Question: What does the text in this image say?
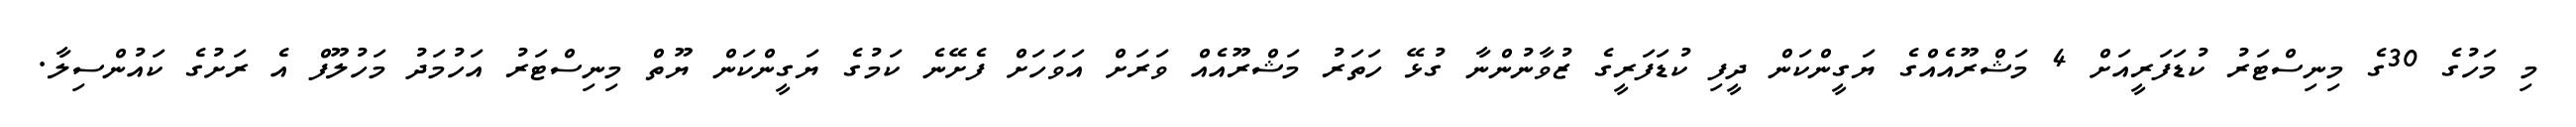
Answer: މި މަހުގެ 30ގެ މިނިސްޓަރު ކުޑަފަރީއަށް 4 މަޝްރޫއެއްގެ ޔަގީންކަން ދީފި ކުޑަފަރީގެ ޒުވާނުންނާ ގުޅޭ ހަތަރު މަޝްރޫއެއް ވަރަށް އަވަހަށް ފެށޭނެ ކަމުގެ ޔަގީންކަން ޔޫތް މިނިސްޓަރު އަހުމަދު މަހުލޫފް އެ ރަށުގެ ކައުންސިލާ.